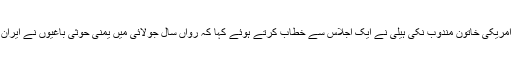
غیرملکی خبررساں ادارے کے مطابق اقوام متحدہ میں امریکی خاتون مندوب نکی ہیلی نے ایک اجلاس سے خطاب کرتے ہوئے کہا کہ رواں سال جولائی میں یمنی حوثی باغیوں نے ایران سے حاصل کردہ میزائل سعودی عرب پر داغے تھے۔